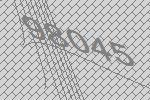
98045